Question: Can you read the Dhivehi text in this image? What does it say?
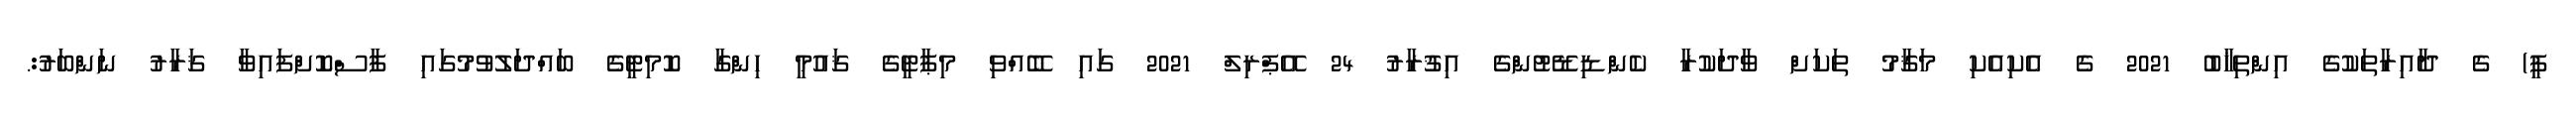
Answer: ޕީ) ގެ ދާއިރާތަކުގެ އިންތިޚާބު 2021 ގެ އެކިއެކި މަޤާމު ތަކަށް ވާދަކުރާ ކެންޑިޑޭޓުންގެ އިޤުރާރު 24 އޭޕްރިލް 2021 ގައި ބޭއްވި މިޕާޓީގެ ޤައުމީ ހިންގާ ކޮމިޓީގެ ބައްދަލުވުމުގައި ފާސްކޮށްފައިވާ ޤަރާރު ނަންބަރު:.